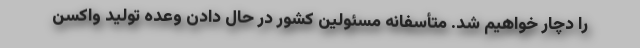
را دچار خواهیم شد. متأسفانه مسئولین کشور در حال دادن وعده تولید واکسن